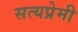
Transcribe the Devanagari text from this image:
सत्यप्रेमी